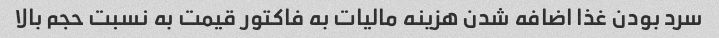
سرد بودن غذا اضافه شدن هزینه مالیات به فاکتور قیمت به نسبت حجم بالا